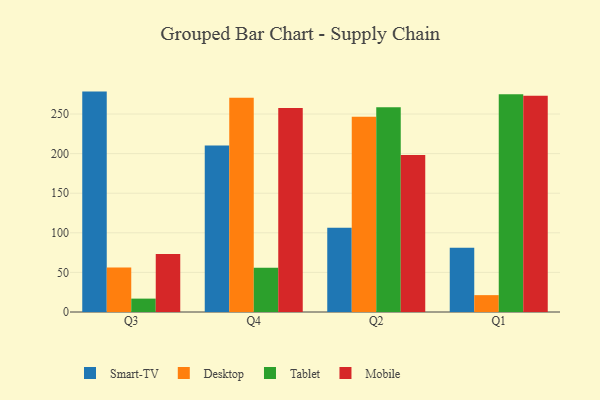
{"axis": {"x": "Quarter", "y": "Satisfaction Score"}, "legend": ["Desktop", "Mobile", "Smart-TV", "Tablet"], "data": [{"x": "Q3", "y": 278.3, "type": "Smart-TV"}, {"x": "Q3", "y": 56.2, "type": "Desktop"}, {"x": "Q3", "y": 16.9, "type": "Tablet"}, {"x": "Q3", "y": 73.3, "type": "Mobile"}, {"x": "Q4", "y": 210.3, "type": "Smart-TV"}, {"x": "Q4", "y": 270.5, "type": "Desktop"}, {"x": "Q4", "y": 55.8, "type": "Tablet"}, {"x": "Q4", "y": 257.7, "type": "Mobile"}, {"x": "Q2", "y": 106.4, "type": "Smart-TV"}, {"x": "Q2", "y": 246.5, "type": "Desktop"}, {"x": "Q2", "y": 258.4, "type": "Tablet"}, {"x": "Q2", "y": 198.1, "type": "Mobile"}, {"x": "Q1", "y": 81.1, "type": "Smart-TV"}, {"x": "Q1", "y": 21.3, "type": "Desktop"}, {"x": "Q1", "y": 275.0, "type": "Tablet"}, {"x": "Q1", "y": 273.0, "type": "Mobile"}]}